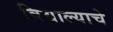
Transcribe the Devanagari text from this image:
विद्याल्याचे